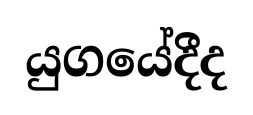
යුගයේදීද